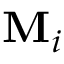
\mathbf { M } _ { i }